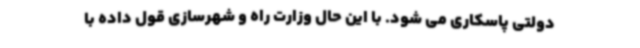
دولتی پاسکاری می شود. با این حال وزارت راه و شهرسازی قول داده با